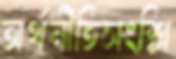
অর্থনীতিসংশ্লি